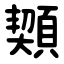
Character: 䫔